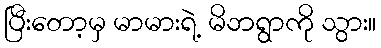
ပြီးတော့မှ မာမားရဲ့ မိဘရွာကို သွား။